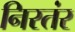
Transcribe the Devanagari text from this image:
निरतंर